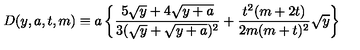
D ( y , a , t , m ) \equiv a \left\{ \frac { 5 \sqrt y + 4 \sqrt { y + a } } { 3 ( \sqrt y + \sqrt { y + a } ) ^ { 2 } } + \frac { t ^ { 2 } ( m + 2 t ) } { 2 m ( m + t ) ^ { 2 } } \sqrt y \right\}